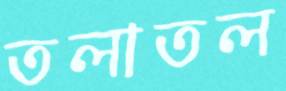
তলাতল